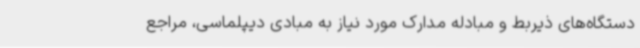
دستگاه‌های ذیربط و مبادله مدارک مورد نیاز به مبادی دیپلماسی، مراجع